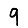
Digit: 9